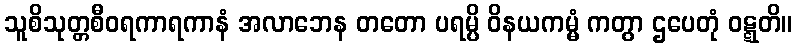
သူစိသုတ္တစီဝရကာရကာနံ အလာဘေန တတော ပရမ္ပိ ဝိနယကမ္မံ ကတွာ ဌပေတုံ ဝဋ္ဋတိ။